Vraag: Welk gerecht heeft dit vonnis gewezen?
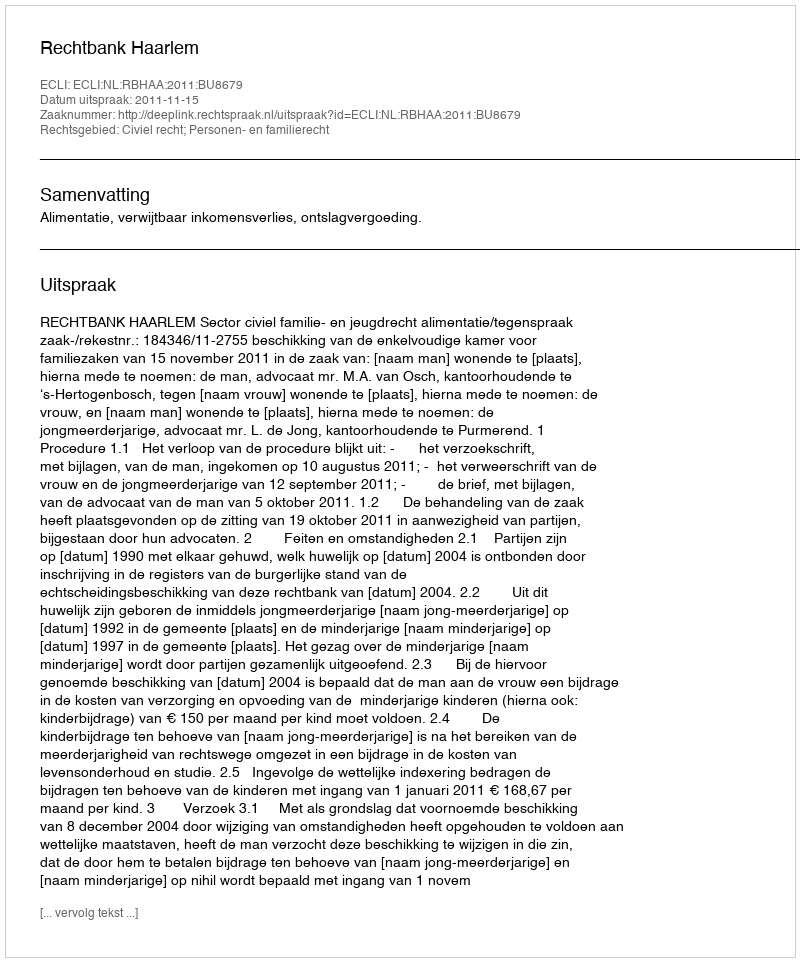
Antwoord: Rechtbank Haarlem